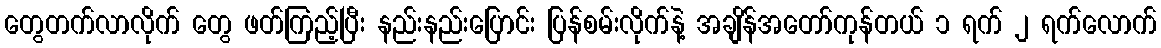
တွေတက်လာလိုက် တွေ ဖတ်ကြည့်ပြီး နည်းနည်းပြောင်း ပြန်စမ်းလိုက်နဲ့ အချိန်အတော်ကုန်တယ် ၁ ရက် ၂ ရက်လောက်